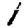
Digit: 1